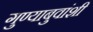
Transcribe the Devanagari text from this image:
गुण्याबुवांशी